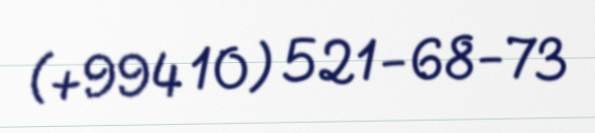
(+994 10) 521-68-73